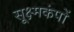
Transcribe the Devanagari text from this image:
सूक्ष्मकंपों